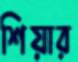
শিয়ার